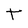
Character: T